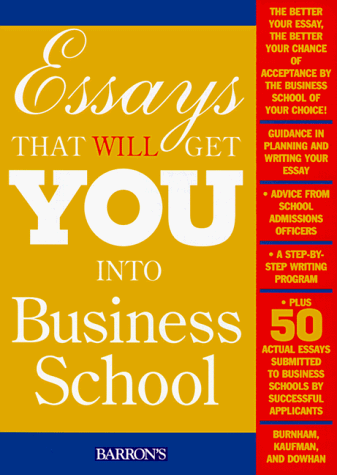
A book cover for Essays That Will Get You into Business School; Daniel Kaufman; Test Preparation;